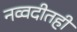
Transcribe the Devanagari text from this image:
नव्वदीतही